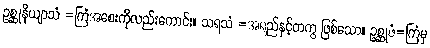
ဥစ္ဆုနိယျာသံ =ကြံအစေးကိုလည်းကောင်း။ သရသံ =အရည်နှင့်တကွ ဖြစ်သော။ ဥစ္ဆုဇံ=ကြံမှ